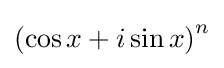
\left(\cos x+i\sin x\right)^{n}